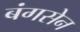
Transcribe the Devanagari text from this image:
बंगसेन